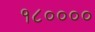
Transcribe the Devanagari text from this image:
१८००००